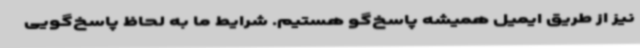
نیز از طریق ایمیل همیشه پاسخ‌گو هستیم. شرایط ما به لحاظ پاسخ‌گویی